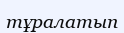
тұралатып